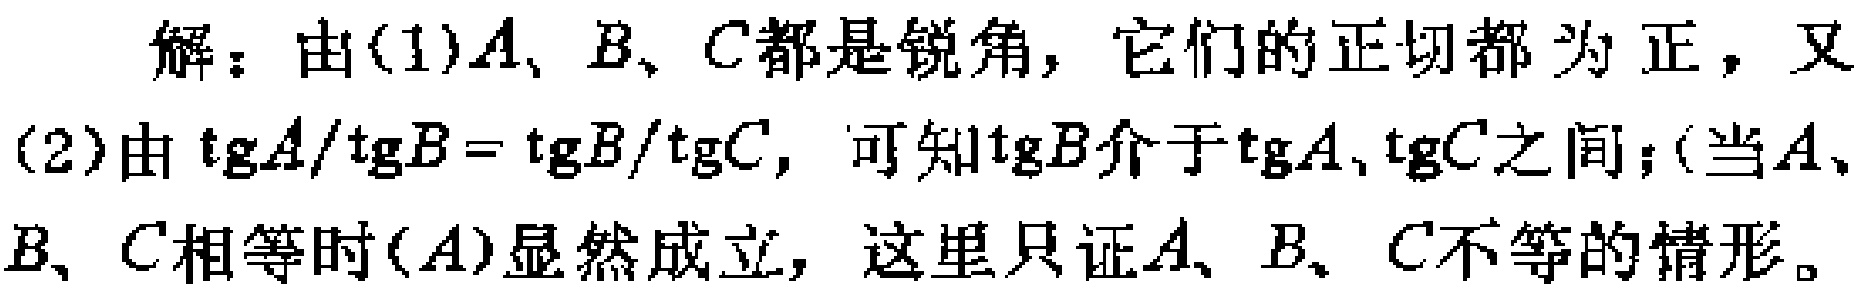
解：由(1)$A、B、C$都是锐角，它们的正切都为正，又

(2)由$\tg A/\tg B=\tg B/\tg C$，可知$\tg B$介于$\tg A,\tg C$之间；(当$A、$

$B、C$相等时$(A)$显然成立，这里只证$A、B、C$不等的情形。